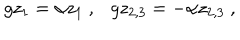
g z _ { 1 } = \alpha z _ { 1 } ~ , g z _ { 2 , 3 } = - \alpha z _ { 2 , 3 } ~ ,